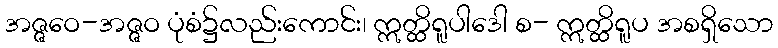
အဇ္ဇဝေ-အဇ္ဇဝ ပုံစံ၌လည်းကောင်း၊ ဣတ္ထိရူပါဒေါ စ- ဣတ္ထိရူပ အစရှိသော